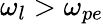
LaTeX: \omega_{l}>\omega_{pe}